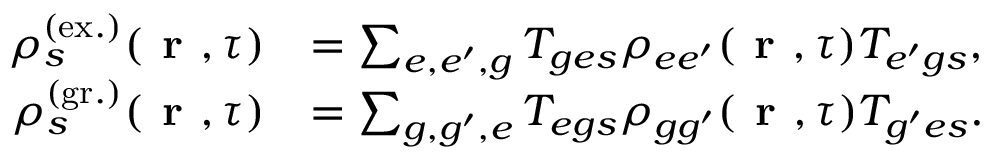
\begin{array} { r l } { \rho _ { s } ^ { ( \mathrm { e x . } ) } ( \textbf { r } , \tau ) } & { = \sum _ { e , e ^ { \prime } , g } T _ { { g e } s } \rho _ { { e e ^ { \prime } } } ( \textbf { r } , \tau ) T _ { { e ^ { \prime } g } s } , } \\ { \rho _ { s } ^ { ( \mathrm { g r . } ) } ( \textbf { r } , \tau ) } & { = \sum _ { g , g ^ { \prime } , e } T _ { { e g } s } \rho _ { { g g ^ { \prime } } } ( \textbf { r } , \tau ) T _ { { g ^ { \prime } e } s } . } \end{array}